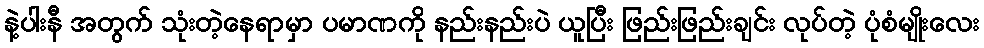
နဲ့ပါးနီ အတွက် သုံးတဲ့နေရာမှာ ပမာဏကို နည်းနည်းပဲ ယူပြီး ဖြည်းဖြည်းချင်း လုပ်တဲ့ ပုံစံမျိုးလေး